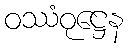
ဝဿံဝုဋ္ဌေန